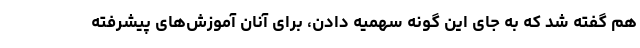
هم گفته شد که به جای این گونه سهمیه دادن، برای آنان آموزش‌های پیشرفته